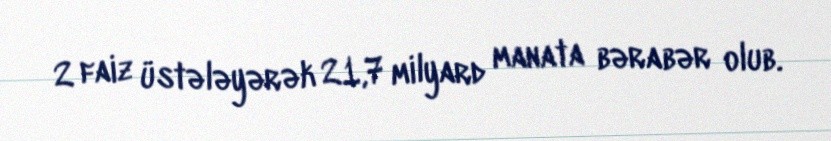
2 faiz üstələyərək 21,7 milyard manata bərabər olub.